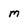
Character: m